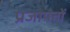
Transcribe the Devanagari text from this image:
प्रजापतों